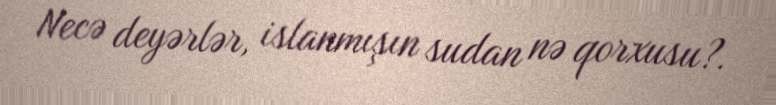
Necə deyərlər, islanmışın sudan nə qorxusu?.